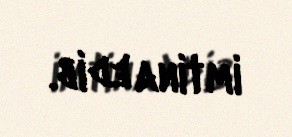
imtina edib.